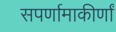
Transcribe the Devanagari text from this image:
सपर्णामाकीर्णां